Vaccine operations Central Provinces 1886-1899 - 1886-1899
Year: 1886
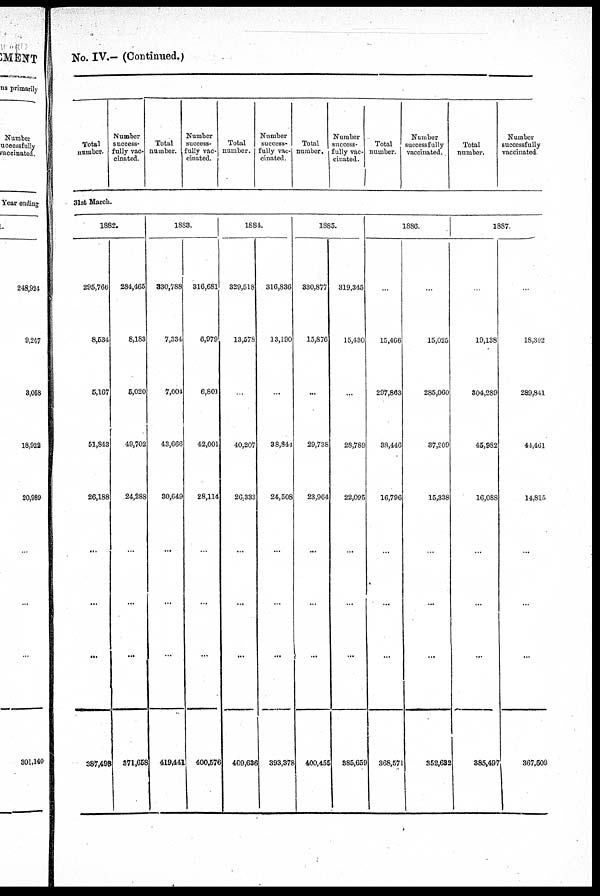
No. IV.— (Continued.)
Total
number.
Number
success-
fully vac-
cinated.
Total
number.
Number
success-
fully vac-
cinated.
Total
number.
Number
success-
fully vac-
cinated.
Total
number.
Number
success-
fully vac-
cinated.
Total
number.
Number
successfully
vaccinated.
Total
number.
Number
successfully
vaccinated
31st March.
1882.
295,766
8,534
5,167
51,843
26,188
...
...
...
387,498
284,465
8,183
5,020
49,702
24,288
...
...
...
371,658
1883.
330,788
7,334
7,004
43,666
30,649
...
...
...
419,441
316,681
6,979
6,801
42,001
28,114
...
...
...
400,576
1884.
329,518
13,578
...
40,207
26,333
...
...
...
409,636
316,836
13,190
...
38,844
24,508
...
...
...
393,378
1885.
330,877
15,876
...
29,738
23,964
...
...
...
400,455
319,345
15,430
...
28,789
22,095
...
...
...
885,659
1886.
...
15,466
297,863
38,446
16,796
...
...
...
368,571
...
15,025
285,060
37,209
15,338
...
...
...
352,632
1887.
...
19,138
304,289
45,982
16,088
...
...
...
385,497
...
18,392
289,841
44,461
14,815
...
...
...
367,509